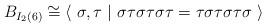
LaTeX: \begin{align*} B_{I_2(6)}\cong \langle \ \sigma, \tau \ \vert \ \sigma\tau\sigma\tau\sigma\tau=\tau\sigma\tau\sigma\tau\sigma \ \rangle\end{align*}